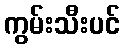
ကွမ်းသီးပင်